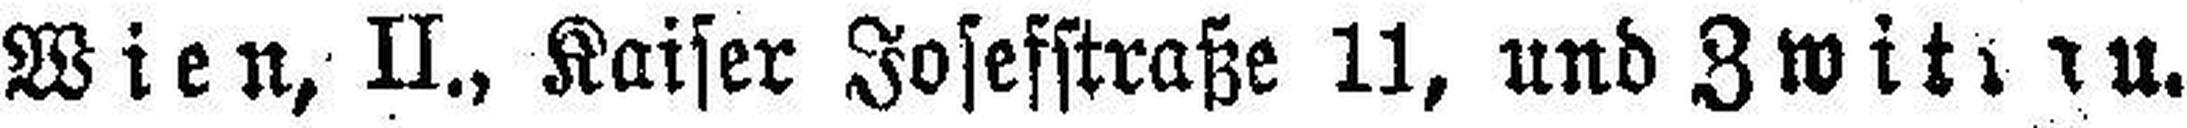
Wien, II., Kaiser Josefstraße 11, und Zwit###u.